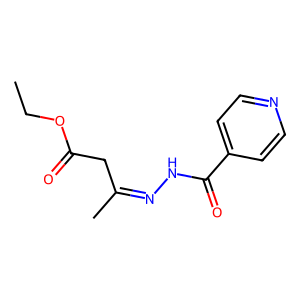
SMILES: CCOC(=O)CC(C)=NNC(=O)c1ccncc1
Inhibits HIV replication: No